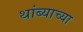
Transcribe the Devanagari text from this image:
थांब्याच्या